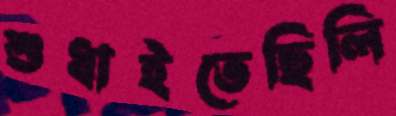
শুধাইতেছিলি